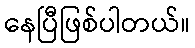
နေပြီဖြစ်ပါတယ်။